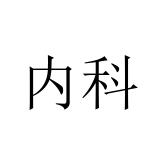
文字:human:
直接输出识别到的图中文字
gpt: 内科